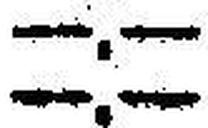
—.—